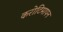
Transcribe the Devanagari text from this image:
करोटिमापन